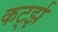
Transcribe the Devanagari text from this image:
कर्ट्झ